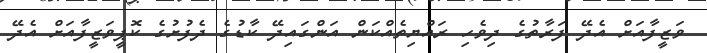
ވަޒީފާއަށް އެދޭ ފަރާތުގެ ދިވެހި ރައްޔިތެއްކަން އަންގައިދޭ ކާޑުގެ ދެފުށުގެ ކޮޕީވަޒީފާއަށް އެދޭ